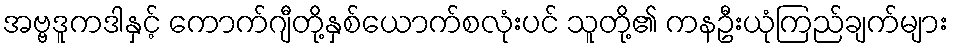
အဗ္ဗဒူကဒါနှင့် ကောက်ဂျီတို့နှစ်ယောက်စလုံးပင် သူတို့၏ ကနဦးယုံကြည်ချက်များ